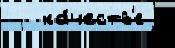
   ка́честв'е